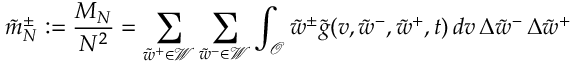
\tilde { m } _ { N } ^ { \pm } : = \frac { M _ { N } } { N ^ { 2 } } = \sum _ { \tilde { w } ^ { + } \in \mathcal { W } } \sum _ { \tilde { w } ^ { - } \in \mathcal { W } } \int _ { \mathcal { O } } \tilde { w } ^ { \pm } \tilde { g } ( v , \tilde { w } ^ { - } , \tilde { w } ^ { + } , t ) \, d v \, \Delta { \tilde { w } ^ { - } } \, \Delta { \tilde { w } ^ { + } }